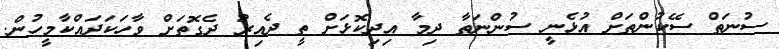
ސުނަތް ސޭކުންތަށް އުޅެނީ ސުންނަތާ ދިމާ އިދިކޮޅަށް ތީ ދެއިރު ދެގޮތަށް ވާހަކަދައްކާމީހުން.